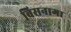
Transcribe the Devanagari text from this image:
बिसनागा